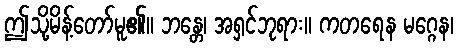
ဤသို့မိန့်တော်မူ၏။ ဘန္တေ၊ အရှင်ဘုရား။ ကတရေန မဂ္ဂေန၊